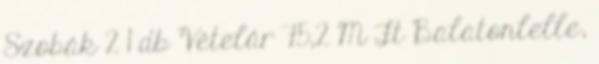
Szobák 2 1 db Vételár 75,2 M Ft Balatonlelle,